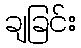
ချခြင်း